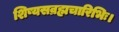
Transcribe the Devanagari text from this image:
शिष्यसव्रह्मचारिभिः।